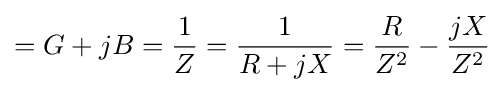
=G+jB={\frac {1}{Z}}={\frac {1}{R+jX}}={\frac {R}{Z^{2}}}-{\frac {jX}{Z^{2}}}